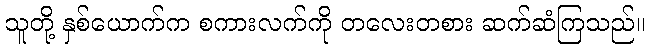
သူတို့ နှစ်ယောက်က စကားလက်ကို တလေးတစား ဆက်ဆံကြသည်။